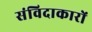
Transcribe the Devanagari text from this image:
संविदाकारों